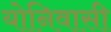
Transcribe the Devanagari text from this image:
योनिवासी